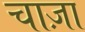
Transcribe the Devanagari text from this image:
चाज़ा